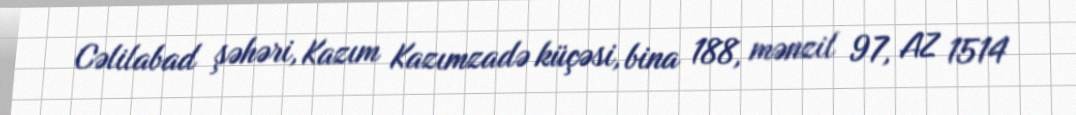
Cəlilabad şəhəri, Kazım Kazımzadə küçəsi, bina 188, mənzil 97, AZ 1514